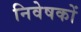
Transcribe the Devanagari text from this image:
निवेषकों